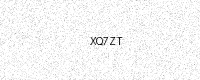
Text: XQ7ZT